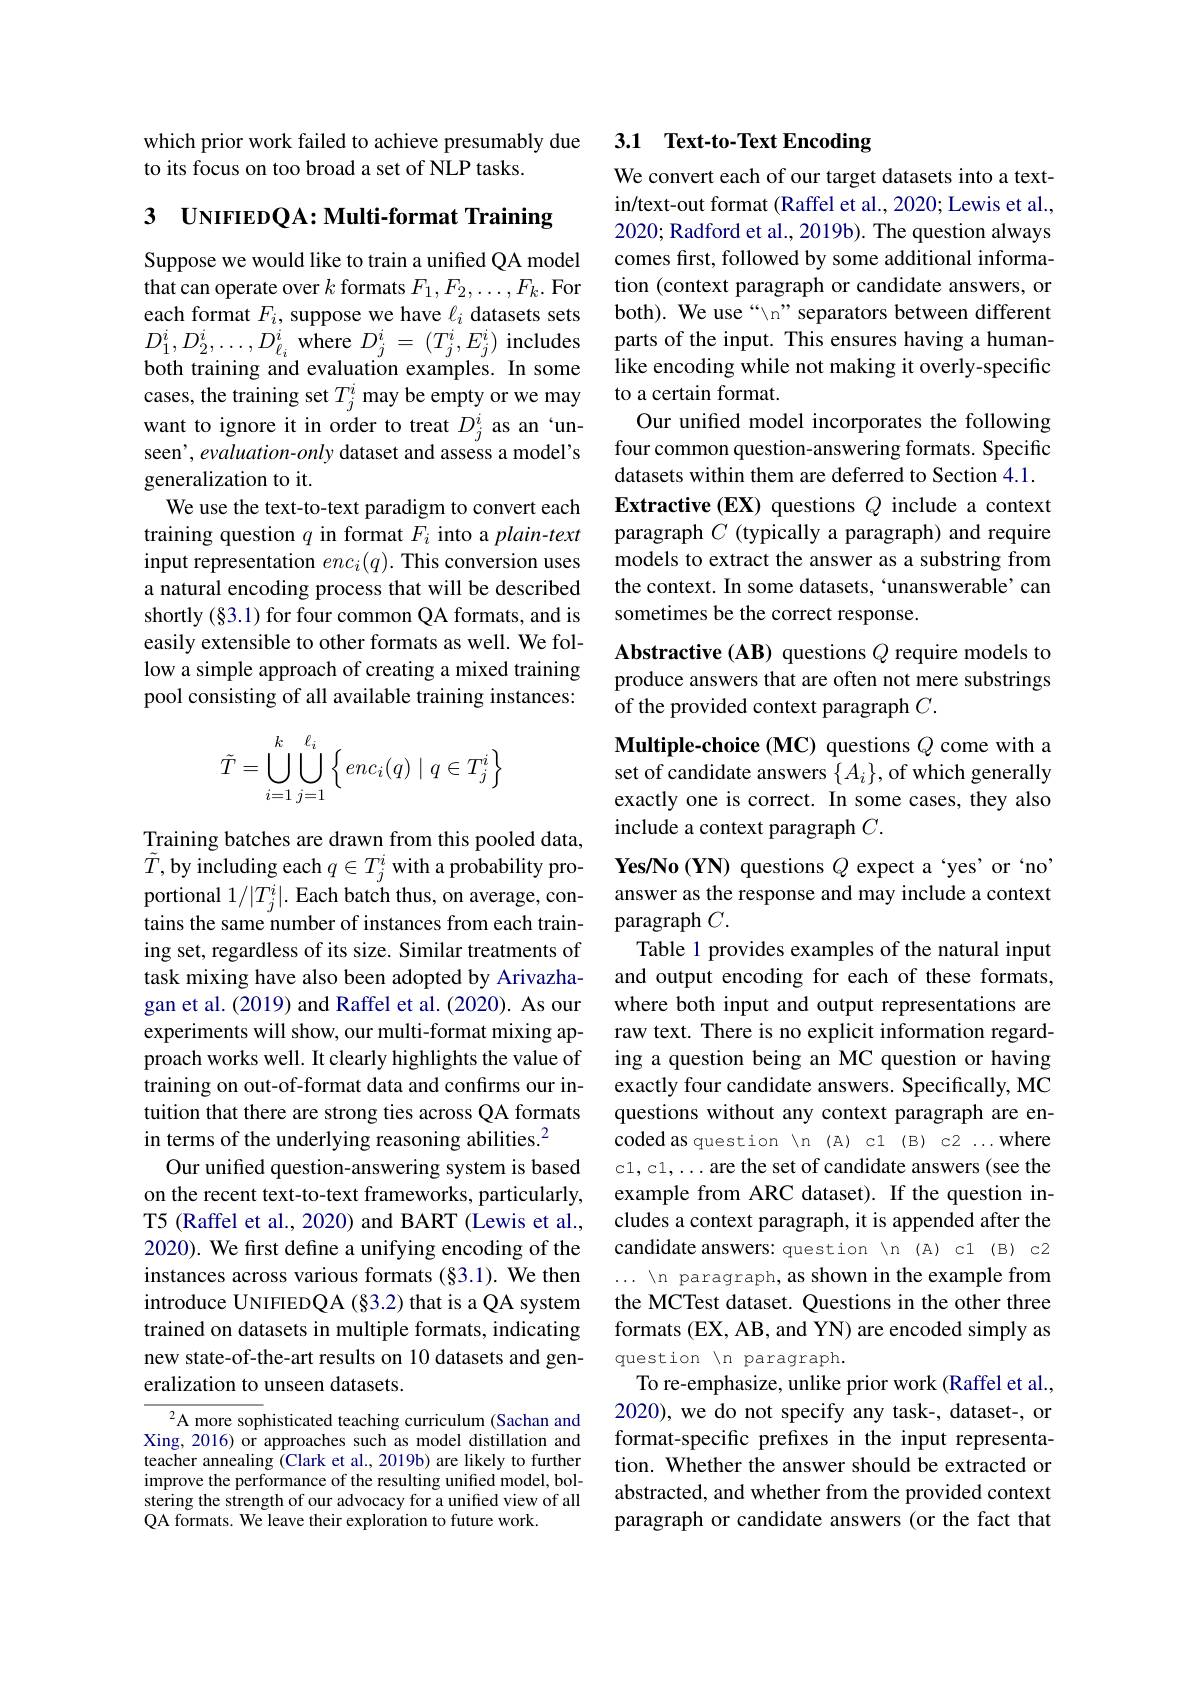
which prior work failed to achieve presumably due
to its focus on too broad a set of NLP tasks.

3 UNIFIEDQA: Multi-format Training

Suppose we would like to train a unified QA model that can operate over $k$ formats $F_1,F_2,\ldots,F_k.$ For each format $F_i$, suppose we have $\ell_i$ datasets sets cases, the training set $T_j^i$ may be empty or we may generalization to it.
We use the text-to-text paradigm to convert each training question $q$ in format $F_i$ into a plain-text input representation $enc_i(q).$ This conversion uses a natural encoding process that will be described shortly (§3.1) for four common QA formats, and is easily extensible to other formats as well. We follow a simple approach of creating a mixed training pool consisting of all available training instances:
$$\tilde{T}=\bigcup\limits_{i=1}^k\bigcup\limits_{j=1}^{\ell_i}\Big\{enc_i(q)\mid q\in T_j^i\Big\}$$
Training batches are drawn from this pooled data, $\tilde{T}$, by including each $q\in T_j^i$ with a probability proportional $1/|T_j^i|.$ Each batch thus, on average, contains the same number of instances from each training set, regardless of its size. Similar treatments of task mixing have also been adopted by Arivazhagan et al. (2019) and Raffel et al. (2020). As our experiments will show, our multi-format mixing approach works well. It clearly highlights the value of training on out-of-format data and confirms our intuition that there are strong ties across QA formats in terms of the underlying reasoning abilities.$^2$
Our unified question-answering system is based on the recent text-to-text frameworks, particularly, T5 (Raffel et al., 2020) and BART (Lewis et al., 2020). We first define a unifying encoding of the instances across various formats (§3.1). We then introduce UNIFIEDQA $(\S3.2)$ that is a QA system trained on datasets in multiple formats, indicating new state-of-the-art results on 10 datasets and generalization to unseen datasets.

A more sophisticated teaching curriculum (Sachan and Xing, 2016) or approaches such as model distillation and teacher annealing (Clark et al., 2019b) are likely to further improve the performance of the resulting unified model, bolstering the strength of our advocacy for a uniffed view of all QA formats. We leave their exploration to future work.

## 3.1 Text-to-Text Encoding

We convert each of our target datasets into a textin/text-out format (Raffel et al., 2020; Lewis et al., 2020; Radford et al., 2019b). The question always comes first, followed by some additional information (context paragraph or candidate answers, or both). We use“ n" separators between different
$D_1^i, D_2^i, \ldots , D_{\ell _i}^i$ where $D_j^i= ( T_j^i, E_j^i)$ includes parts of the input. This ensures having a human- both training and evaluation examples. In some like encoding while not making it overly- specific
to a certain format.
Our unified model incorporates the following
want to ignore it in order to treat $D_j^i$ as an `un- Our unified model incorporates the following seen', evaluation-only dataset and assess a model's four common question-answering formats. Specific
datasets within them are deferred to Section 4.1. Extractive (EX) questions $Q$ include a context paragraph $C$ (typically a paragraph) and require models to extract the answer as a substring from the context. In some datasets, 'unanswerable’can sometimes be the correct response.

Abstractive (AB) questions $Q$ require models to produce answers that are often not mere substrings of the provided context paragraph $C.$

Multiple-choice (MC) questions $Q$ come with a set of candidate answers $\{A_i\}$, of which generally exactly one is correct. In some cases, they also include a context paragraph $C.$

Yes/No (YN) questions $Q$ expect a 'yes' or ‘no’ answer as the response and may include a context paragraph $C.$
Table 1 provides examples of the natural input and output encoding for each of these formats, where both input and output representations are raw text. There is no explicit information regarding a question being an MC question or having exactly four candidate answers. Specifically, MC questions without any context paragraph are encoded as question \n{~n~(A)~c1~(B)~c2~...where} c1,c1,...are the set of candidate answers (see the example from ARC dataset). If the question includes a context paragraph, it is appended after the candidate answers: question \n{(A)}c1(B)c2 ... \n~paragraph, as shown in the example from the MCTest dataset. Questions in the other three formats (EX, AB, and YN) are encoded simply as question / n paragraph.
To re-emphasize, unlike prior work (Raffel et al., 2020), we do not specify any task-, dataset-, or format-specific prefixes in the input representation. Whether the answer should be extracted or abstracted, and whether from the provided context paragraph or candidate answers (or the fact that